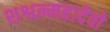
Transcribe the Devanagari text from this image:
शश्वन्महादेवो